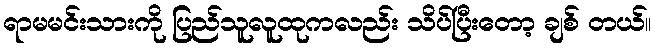
ရာမမင်းသားကို ပြည်သူလူထုကလည်း သိပ်ပြီးတော့ ချစ် တယ်။